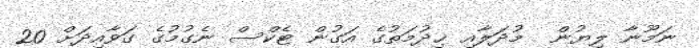
ނަމޫނާ ލިޔުން  މުދަލާއި ޚިދުމަތުގެ އަގުން ޓެކްސް ނެގުމުގެ ގަވާއިދަށް 20